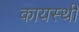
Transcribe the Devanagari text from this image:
कायस्थी